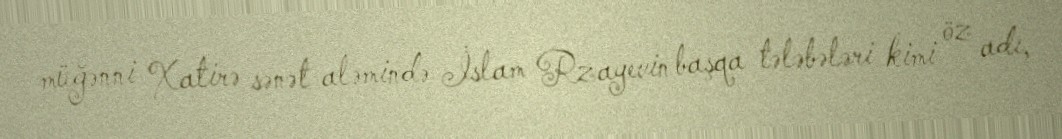
müğənni Xatirə sənət aləmində İslam Rzayevin başqa tələbələri kimi öz adı,